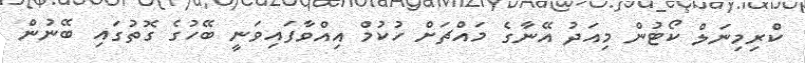
ކްރިމިނަލް ކޯޓުން މިއަދު އޭނާގެ މައްޗަށް ހުކުމް އިއްވާފައިވަނީ ބޭހުގެ ގޮތުގައި ބޭނުން